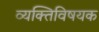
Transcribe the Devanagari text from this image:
व्यक्तिविषयक